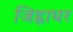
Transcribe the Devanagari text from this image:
जिह्वाघर